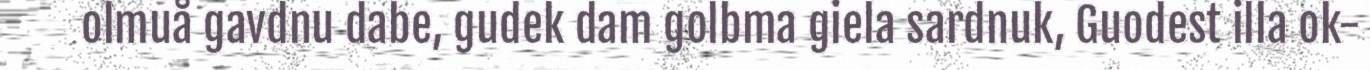
olmuå gavdnu dabe, gudek dam golbma giela sardnuk, Guodest illa ok-